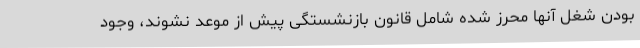
بودن شغل آنها محرز شده شامل قانون بازنشستگی پیش از موعد نشوند، وجود